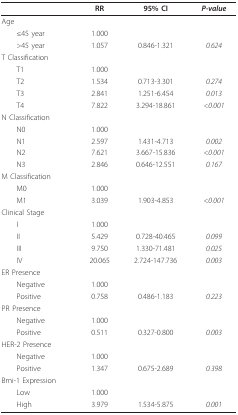
|  | RR | 95% CI | P-value |
 | --- | --- | --- | --- |
 | Age |  |  |  |
 | ≤45 year | 1.000 |  |  |
 | >45 year | 1.057 | 0.846-1.321 | 0.624 |
 | T Classification |  |  |  |
 | T1 | 1.000 |  |  |
 | T2 | 1.534 | 0.713-3.301 | 0.274 |
 | T3 | 2.841 | 1.251-6.454 | 0.013 |
 | T4 | 7.822 | 3.294-18.861 | <0.001 |
 | N Classification |  |  |  |
 | N0 | 1.000 |  |  |
 | N1 | 2.597 | 1.431-4.713 | 0.002 |
 | N2 | 7.621 | 3.667-15.836 | <0.001 |
 | N3 | 2.846 | 0.646-12.551 | 0.167 |
 | M Classification |  |  |  |
 | M0 | 1.000 |  |  |
 | M1 | 3.039 | 1.903-4.853 | <0.001 |
 | Clinical Stage |  |  |  |
 | I | 1.000 |  |  |
 | II | 5.429 | 0.728-40.465 | 0.099 |
 | III | 9.750 | 1.330-71.481 | 0.025 |
 | IV | 20.065 | 2.724-147.736 | 0.003 |
 | ER Presence |  |  |  |
 | Negative | 1.000 |  |  |
 | Positive | 0.758 | 0.486-1.183 | 0.223 |
 | PR Presence |  |  |  |
 | Negative | 1.000 |  |  |
 | Positive | 0.511 | 0.327-0.800 | 0.003 |
 | HER-2 Presence |  |  |  |
 | Negative | 1.000 |  |  |
 | Positive | 1.347 | 0.675-2.689 | 0.398 |
 | Bmi-1 Expression |  |  |  |
 | Low | 1.000 |  |  |
 | High | 3.979 | 1.534-5.875 | 0.001 |